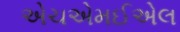
એચએમઈએલ